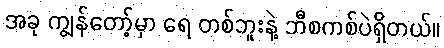
အခု ကျွန်တော့်မှာ ရေ တစ်ဘူးနဲ့ ဘီစကစ်ပဲရှိတယ်။